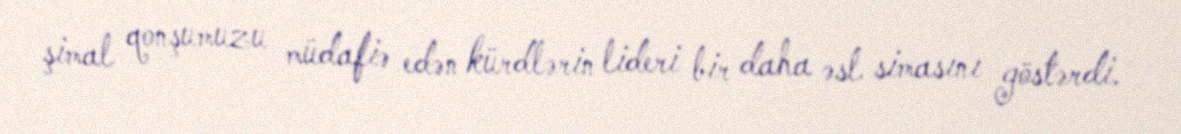
şimal qonşumuzu müdafiə edən kürdlərin lideri bir daha əsl simasını göstərdi.